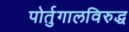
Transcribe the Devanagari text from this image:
पोर्तुगालविरुद्ध